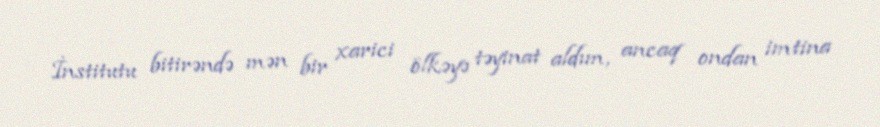
İnstitutu bitirəndə mən bir xarici ölkəyə təyinat aldım, ancaq ondan imtina